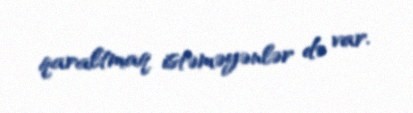
qaraltmaq istəməyənlər də var.